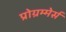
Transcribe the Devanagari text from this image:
प्रोग्रम्मेर्स